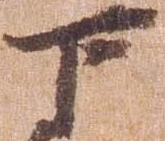
下